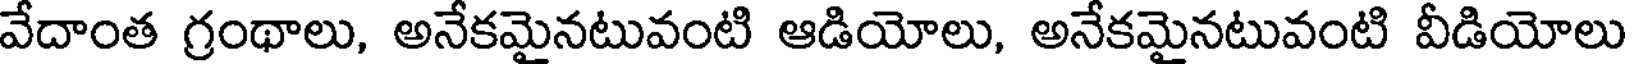
వేదాంత గ్రంథాలు, అనేకమైనటువంటి ఆడియోలు, అనేకమైనటువంటి వీడియోలు